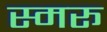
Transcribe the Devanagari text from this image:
स्मरू